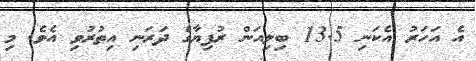
އެ އަހަރު އެކަނި 13.5 ބިލިއަން ރުފިޔާގެ ދަރަނި އިތުރުވި އެވެ. މި